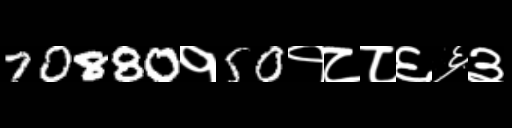
Text: 70880१50१८८६६३